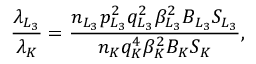
\frac { \lambda _ { L _ { 3 } } } { \lambda _ { K } } = \frac { n _ { L _ { 3 } } p _ { L _ { 3 } } ^ { 2 } q _ { L _ { 3 } } ^ { 2 } \beta _ { L _ { 3 } } ^ { 2 } B _ { L _ { 3 } } S _ { L _ { 3 } } } { n _ { K } q _ { K } ^ { 4 } \beta _ { K } ^ { 2 } B _ { K } S _ { K } } ,